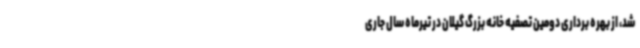
شد، از بهره برداری دومین تصفیه خانه بزرگ گیلان در تیرماه سال جاری